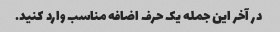
در آخر این جمله یک حرف اضافه مناسب وارد کنید.